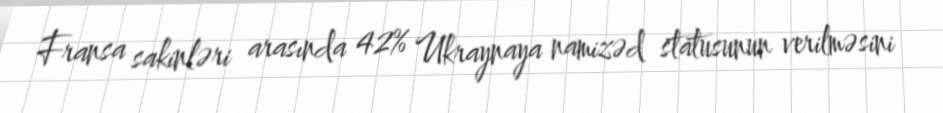
Fransa sakinləri arasında 42% Ukraynaya namizəd statusunun verilməsini